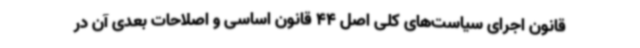
قانون اجرای سیاست‌های کلی اصل 44 قانون اساسی و اصلاحات بعدی آن در